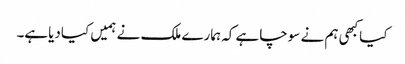
کیاکبھی ہم نے سوچاہے کہ ہمارے ملک نے ہمیں کیادیاہے۔